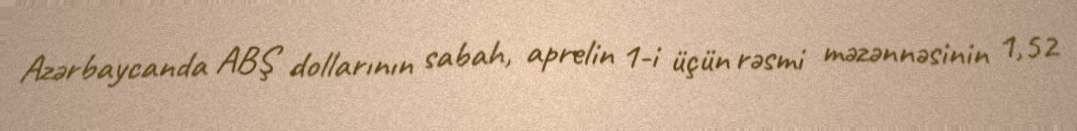
Azərbaycanda ABŞ dollarının sabah, aprelin 1-i üçün rəsmi məzənnəsinin 1,52